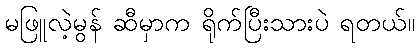
မဖြူလဲ့မွန် ဆီမှာက ရိုက်ပြီးသားပဲ ရတယ်။